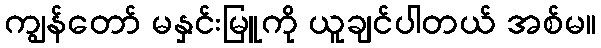
ကျွန်တော် မနှင်းမြူကို ယူချင်ပါတယ် အစ်မ။